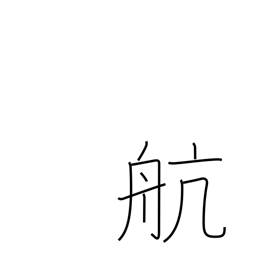
Meaning: cruise